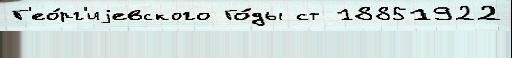
Г'ео́рг'иjевского Го́ды ст 18851922